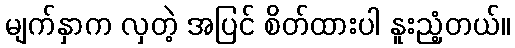
မျက်နှာက လှတဲ့ အပြင် စိတ်ထားပါ နူးညံ့တယ်။